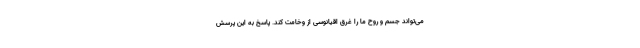
می‌تواند جسم و روح ما را غرقِ اقیانوسی از وخامت کند. پاسخ به این پرسش